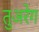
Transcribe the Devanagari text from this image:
तुअरेग